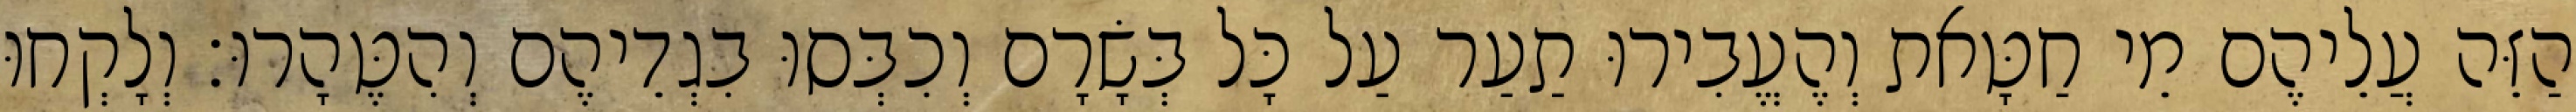
הַזֵּה עֲלֵיהֶם מֵי חַטָּאת וְהֶעֱבִירוּ תַעַר עַל כָּל בְּשָׂרָם וְכִבְּסוּ בִגְדֵיהֶם וְהִטֶּהָרוּ׃ וְלָקְחוּ